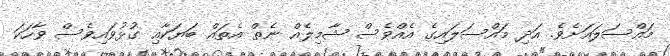
މައްސަލައަށެވެ. އަދި މައްސަލައިގެ އެއްވެސް ޝާމިލެއް ނެތް އެތައް ބަޔަކާއި ގުޅުވައިވެސް ވާހަކަ